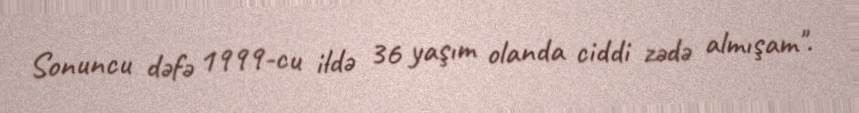
Sonuncu dəfə 1999-cu ildə 36 yaşım olanda ciddi zədə almışam".